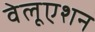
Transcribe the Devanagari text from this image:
वेलूएशन